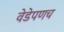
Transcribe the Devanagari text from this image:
वेडेपणच